Vaccination in Burma 1900-1911 - 1900-1911
Year: 1900
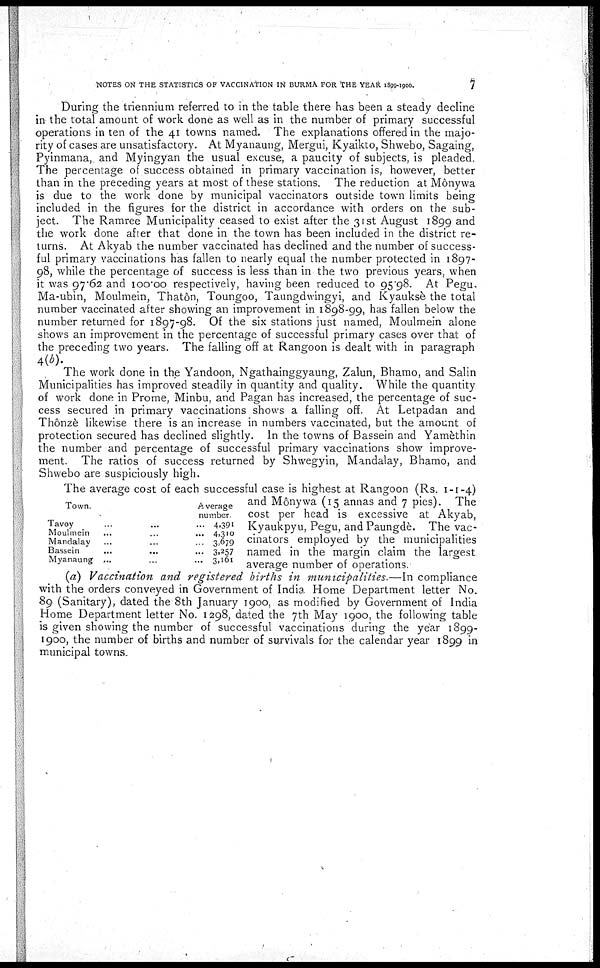
NOTES ON THE STATISTICS OF VACCINATION IN BURMA FOR THE YEAR 1899-1900.
7
During the triennium referred to in the table there has been a steady decline
in the total amount of work done as well as in the number of primary successful
operations in ten of the 41 towns named. The explanations offered in the majo-
rity of cases are unsatisfactory. At Myanaung, Mergui, Kyaikto, Shwebo, Sagaing,
Pyinmana, and Myingyan the usual excuse, a paucity of subjects, is pleaded.
The percentage of success obtained in primary vaccination is, however, better
than in the preceding years at most of these stations. The reduction at Mônywa
is due to the work done by municipal vaccinators outside town limits being
included in the figures for the district in accordance with orders on the sub-
ject. The Ramree Municipality ceased to exist after the 31st August 1899 and
the work done after that done in the town has been included in the district re-
turns. At Akyab the number vaccinated has declined and the number of success-
ful primary vaccinations has fallen to nearly equal the number protected in 1897-
98, while the percentage of success is less than in the two previous years, when
it was 97.62 and 100.00 respectively, having been reduced to 95.98. At Pegu.
Ma-ubin, Moulmein, Thatôn, Toungoo, Taungdwingyi, and Kyauksè the total
number vaccinated after showing an improvement in 1898-99, has fallen below the
number returned for 1897-98. Of the six stations just named, Moulmein alone
shows an improvement in the percentage of successful primary cases over that of
the preceding two years. The falling off at Rangoon is dealt with in paragraph
4(b).
The work done in the Yandoon, Ngathainggyaung, Zalun, Bhamo, and Salin
Municipalities has improved steadily in quantity and quality. While the quantity
of work done in Prome, Minbu, and Pagan has increased, the percentage of suc-
cess secured in primary vaccinations shows a falling off. At Letpadan and
Thônzè likewise there is an increase in numbers vaccinated, but the amount of
protection secured has declined slightly. In the towns of Bassein and Yamèthin
the number and percentage of successful primary vaccinations show improve-
ment. The ratios of success returned by Shwegyin, Mandalay, Bhamo, and
Shwebo are suspiciously high.
Town.
Tavoy
Moulmein
Mandalay
Bassein
...
...
Myanaung ...
Average
number.
... 4,391
4,310
3,679
... 3.257
3,161
The average cost of each successful case is highest at Rangoon (Rs. 1-1-4)
and Mônywa (15 annas and 7 pies). The
cost per head is excessive at Akyab,
Kyaukpyu, Pegu, and Paungdè. The vac-
cinators employed by the municipalities
named in the margin claim the largest
average number of operations.
(a) Vaccination and registered births in municipalities.—In compliance
with the orders conveyed in Government of India Home Department letter No.
89 (Sanitary), dated the 8th January 1900, as modified by Government of India
Home Department letter No. 1298, dated the 7th May 1900, the following table
is given showing the number of successful vaccinations during the year 1899-
1900, the number of births and number of survivals for the calendar year 1899 in
municipal towns.